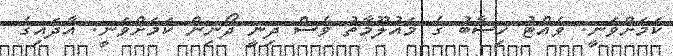
ކަމަށްވަނީ. ވެއްޓު ހިސާބު ގެ މައުލޫމާތު ވެސް ދިނީ ދޯނިން ކަމަށްވަނީ. އާދައިގެ